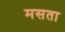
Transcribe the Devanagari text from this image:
मसता